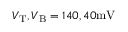
V _ { \mathrm { T } } , V _ { \mathrm { B } } = 1 4 0 , 4 0 \mathrm { m V }